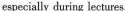
especially during lectures.